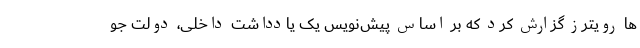
ها رویترز گزارش کرد که بر اساس پیش‌نویس یک یادداشت داخلی، دولت جو